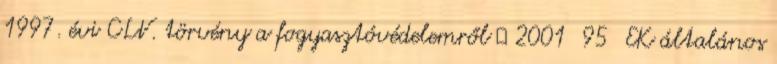
1997. évi CLV. törvény a fogyasztóvédelemről  2001 95 EK általános